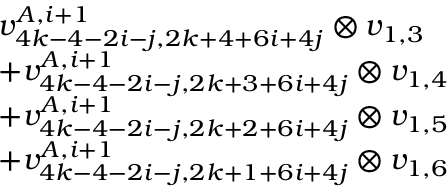
\begin{array} { r l } & { v _ { 4 k - 4 - 2 i - j , 2 k + 4 + 6 i + 4 j } ^ { A , i + 1 } \otimes v _ { 1 , 3 } } \\ & { + v _ { 4 k - 4 - 2 i - j , 2 k + 3 + 6 i + 4 j } ^ { A , i + 1 } \otimes v _ { 1 , 4 } } \\ & { + v _ { 4 k - 4 - 2 i - j , 2 k + 2 + 6 i + 4 j } ^ { A , i + 1 } \otimes v _ { 1 , 5 } } \\ & { + v _ { 4 k - 4 - 2 i - j , 2 k + 1 + 6 i + 4 j } ^ { A , i + 1 } \otimes v _ { 1 , 6 } } \end{array}